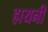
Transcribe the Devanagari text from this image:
हायनी